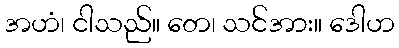
အဟံ၊ ငါသည်။ တေ၊ သင်အား။ ဒေါဟ